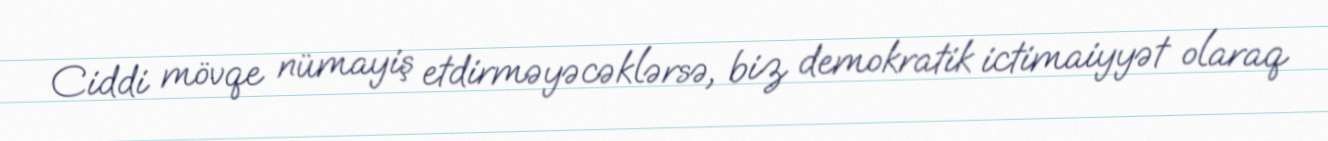
Ciddi mövqe nümayiş etdirməyəcəklərsə, biz demokratik ictimaiyyət olaraq